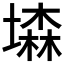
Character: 𡑓